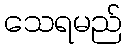
သေရမည်